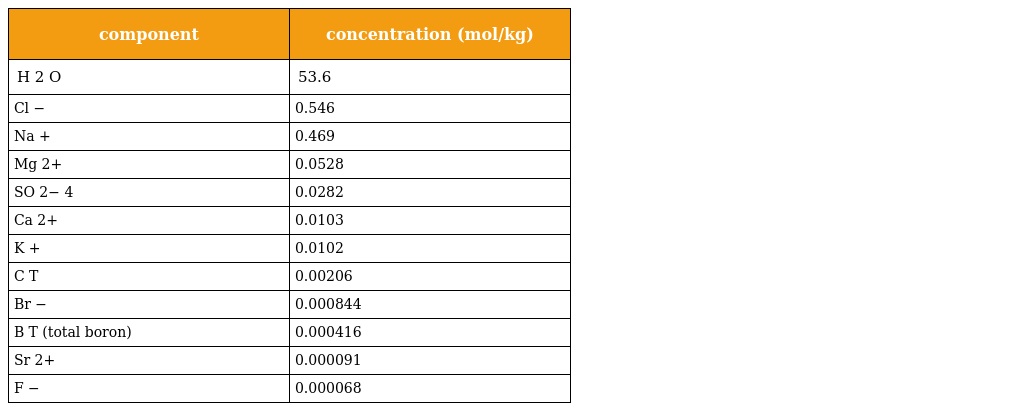
| component | concentration (mol/kg) |
 | --- | --- |
 | H 2 O | 53.6 |
 | Cl − | 0.546 |
 | Na + | 0.469 |
 | Mg 2+ | 0.0528 |
 | SO 2− 4 | 0.0282 |
 | Ca 2+ | 0.0103 |
 | K + | 0.0102 |
 | C T | 0.00206 |
 | Br − | 0.000844 |
 | B T (total boron) | 0.000416 |
 | Sr 2+ | 0.000091 |
 | F − | 0.000068 |